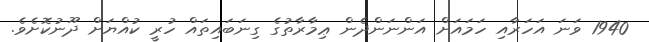
1940 ވަނަ އަހަރާއި ހަމައަށް އަންނަންދެން ޢިމާރާތުގެ ގިނަބައިތައް ހުރީ ކުއްޔަށް ދޫނުކޮށެވެ.